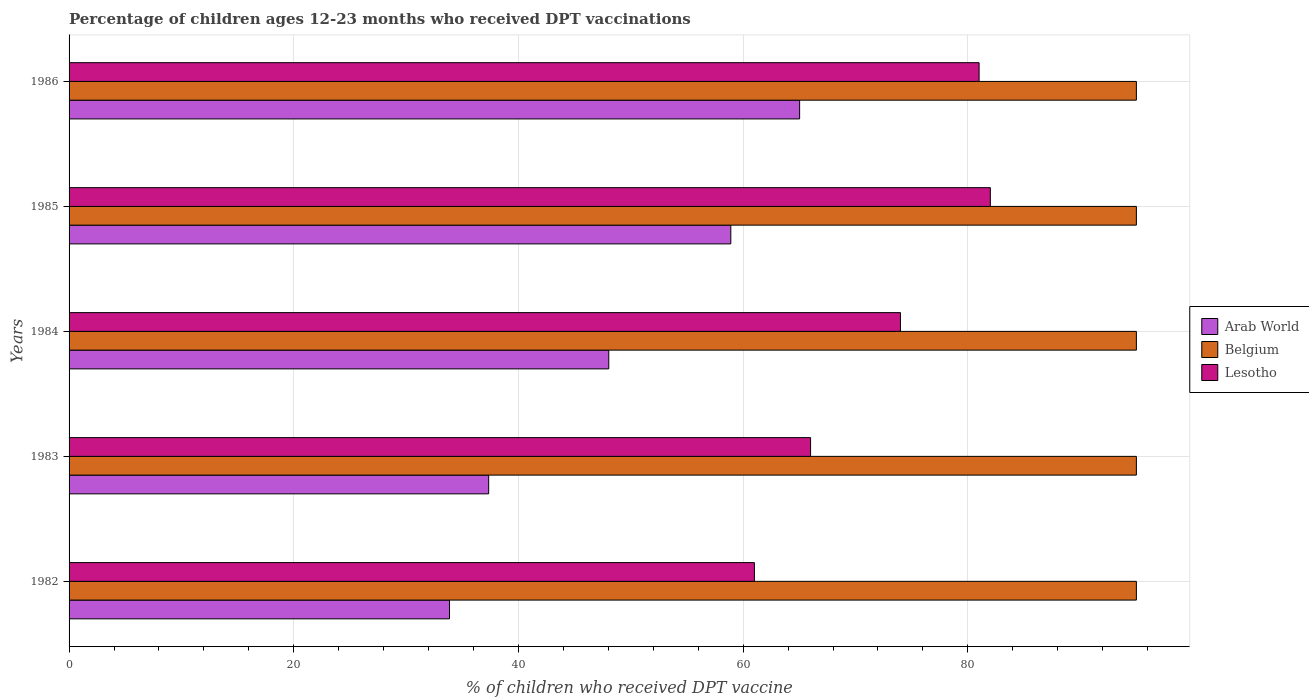
| Years | Arab World | Belgium | Lesotho |
 | --- | --- | --- | --- |
 | 1982 | 33.9 | 95 | 61 |
 | 1983 | 37.3 | 95 | 66 |
 | 1984 | 48 | 95 | 74 |
 | 1985 | 58.9 | 95 | 82 |
 | 1986 | 65 | 95 | 81 |